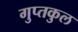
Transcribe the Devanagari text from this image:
गुप्तकुल